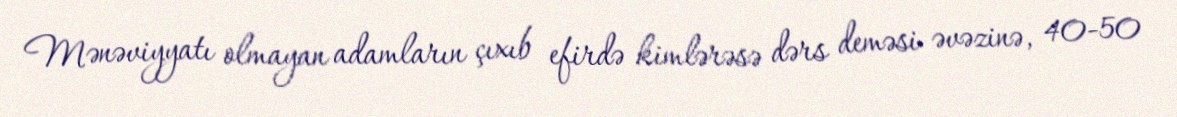
Mənəviyyatı olmayan adamların çıxıb efirdə kimlərəsə dərs deməsi əvəzinə, 40-50